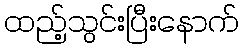
ထည့်သွင်းပြီးနောက်